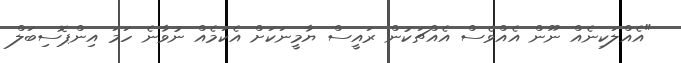
"އެއްލަކިނެއް ނޫން އެއްވެސް އެއްޗަކުން ރައީސް ޔާމީނަކަށް އެކަމެއް ނުވާނެ ހަމަ އިންޕޮސިބަލް